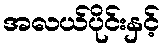
အလယ်ပိုင်းနှင့်